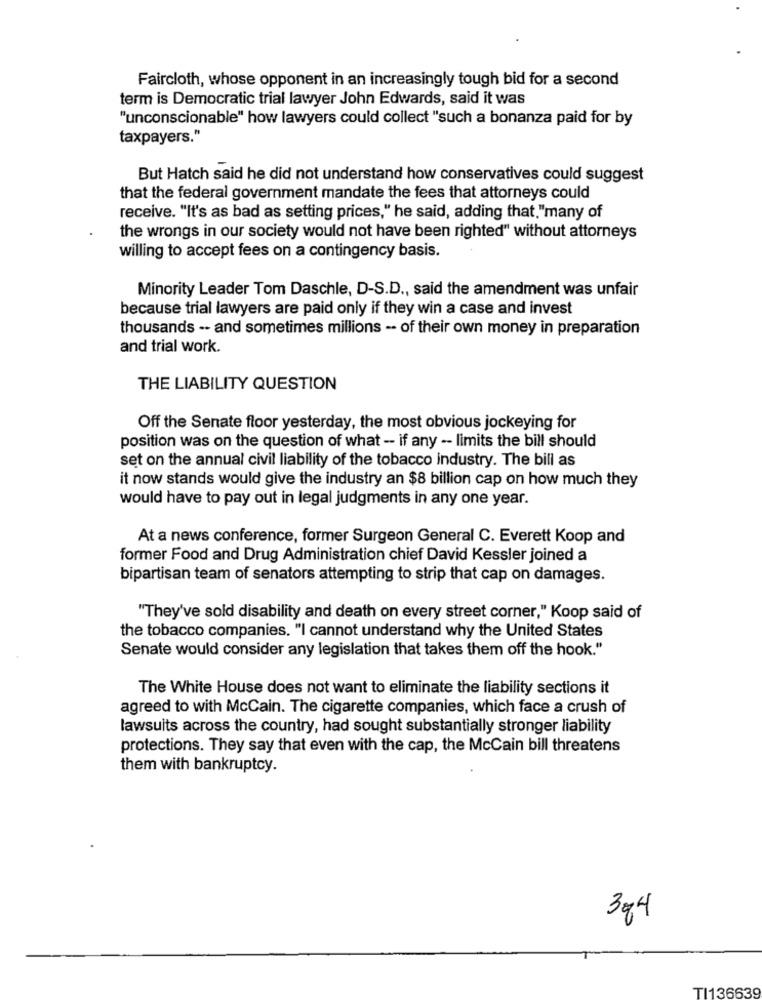
Faircloth, whose opponent in an increasingly tough bid for a second
term is Democratic trial lawyer John Edwards, said it was
"unconscionable" how lawyers could collect "such a bonanza paid for by
taxpayers."
But Hatch said he did not understand how conservatives could suggest
that the federal government mandate the fees that attorneys could
receive. "It's as bad as setting prices," he said, adding that."many of
the wrongs in our society would not have been righted" without attorneys
willing to accept fees on a contingency basis.
Minority Leader Tom Daschle, D-S.D ., said the amendment was unfair
because trial lawyers are paid only if they win a case and invest
thousands -- and sometimes millions -- of their own money in preparation
and trial work.
THE LIABILITY QUESTION
Off the Senate floor yesterday, the most obvious jockeying for
position was on the question of what - if any -- limits the bill should
set on the annual civil liability of the tobacco industry. The bill as
it now stands would give the industry an $8 billion cap on how much they
would have to pay out in legal judgments in any one year.
At a news conference, former Surgeon General C. Everett Koop and
former Food and Drug Administration chief David Kessler joined a
bipartisan team of senators attempting to strip that cap on damages.
"They've sold disability and death on every street corner," Koop said of
the tobacco companies. "I cannot understand why the United States
Senate would consider any legislation that takes them off the hook."
The White House does not want to eliminate the liability sections it
agreed to with McCain. The cigarette companies, which face a crush of
lawsuits across the country, had sought substantially stronger liability
protections. They say that even with the cap, the McCain bill threatens
them with bankruptcy.
304
TI136639